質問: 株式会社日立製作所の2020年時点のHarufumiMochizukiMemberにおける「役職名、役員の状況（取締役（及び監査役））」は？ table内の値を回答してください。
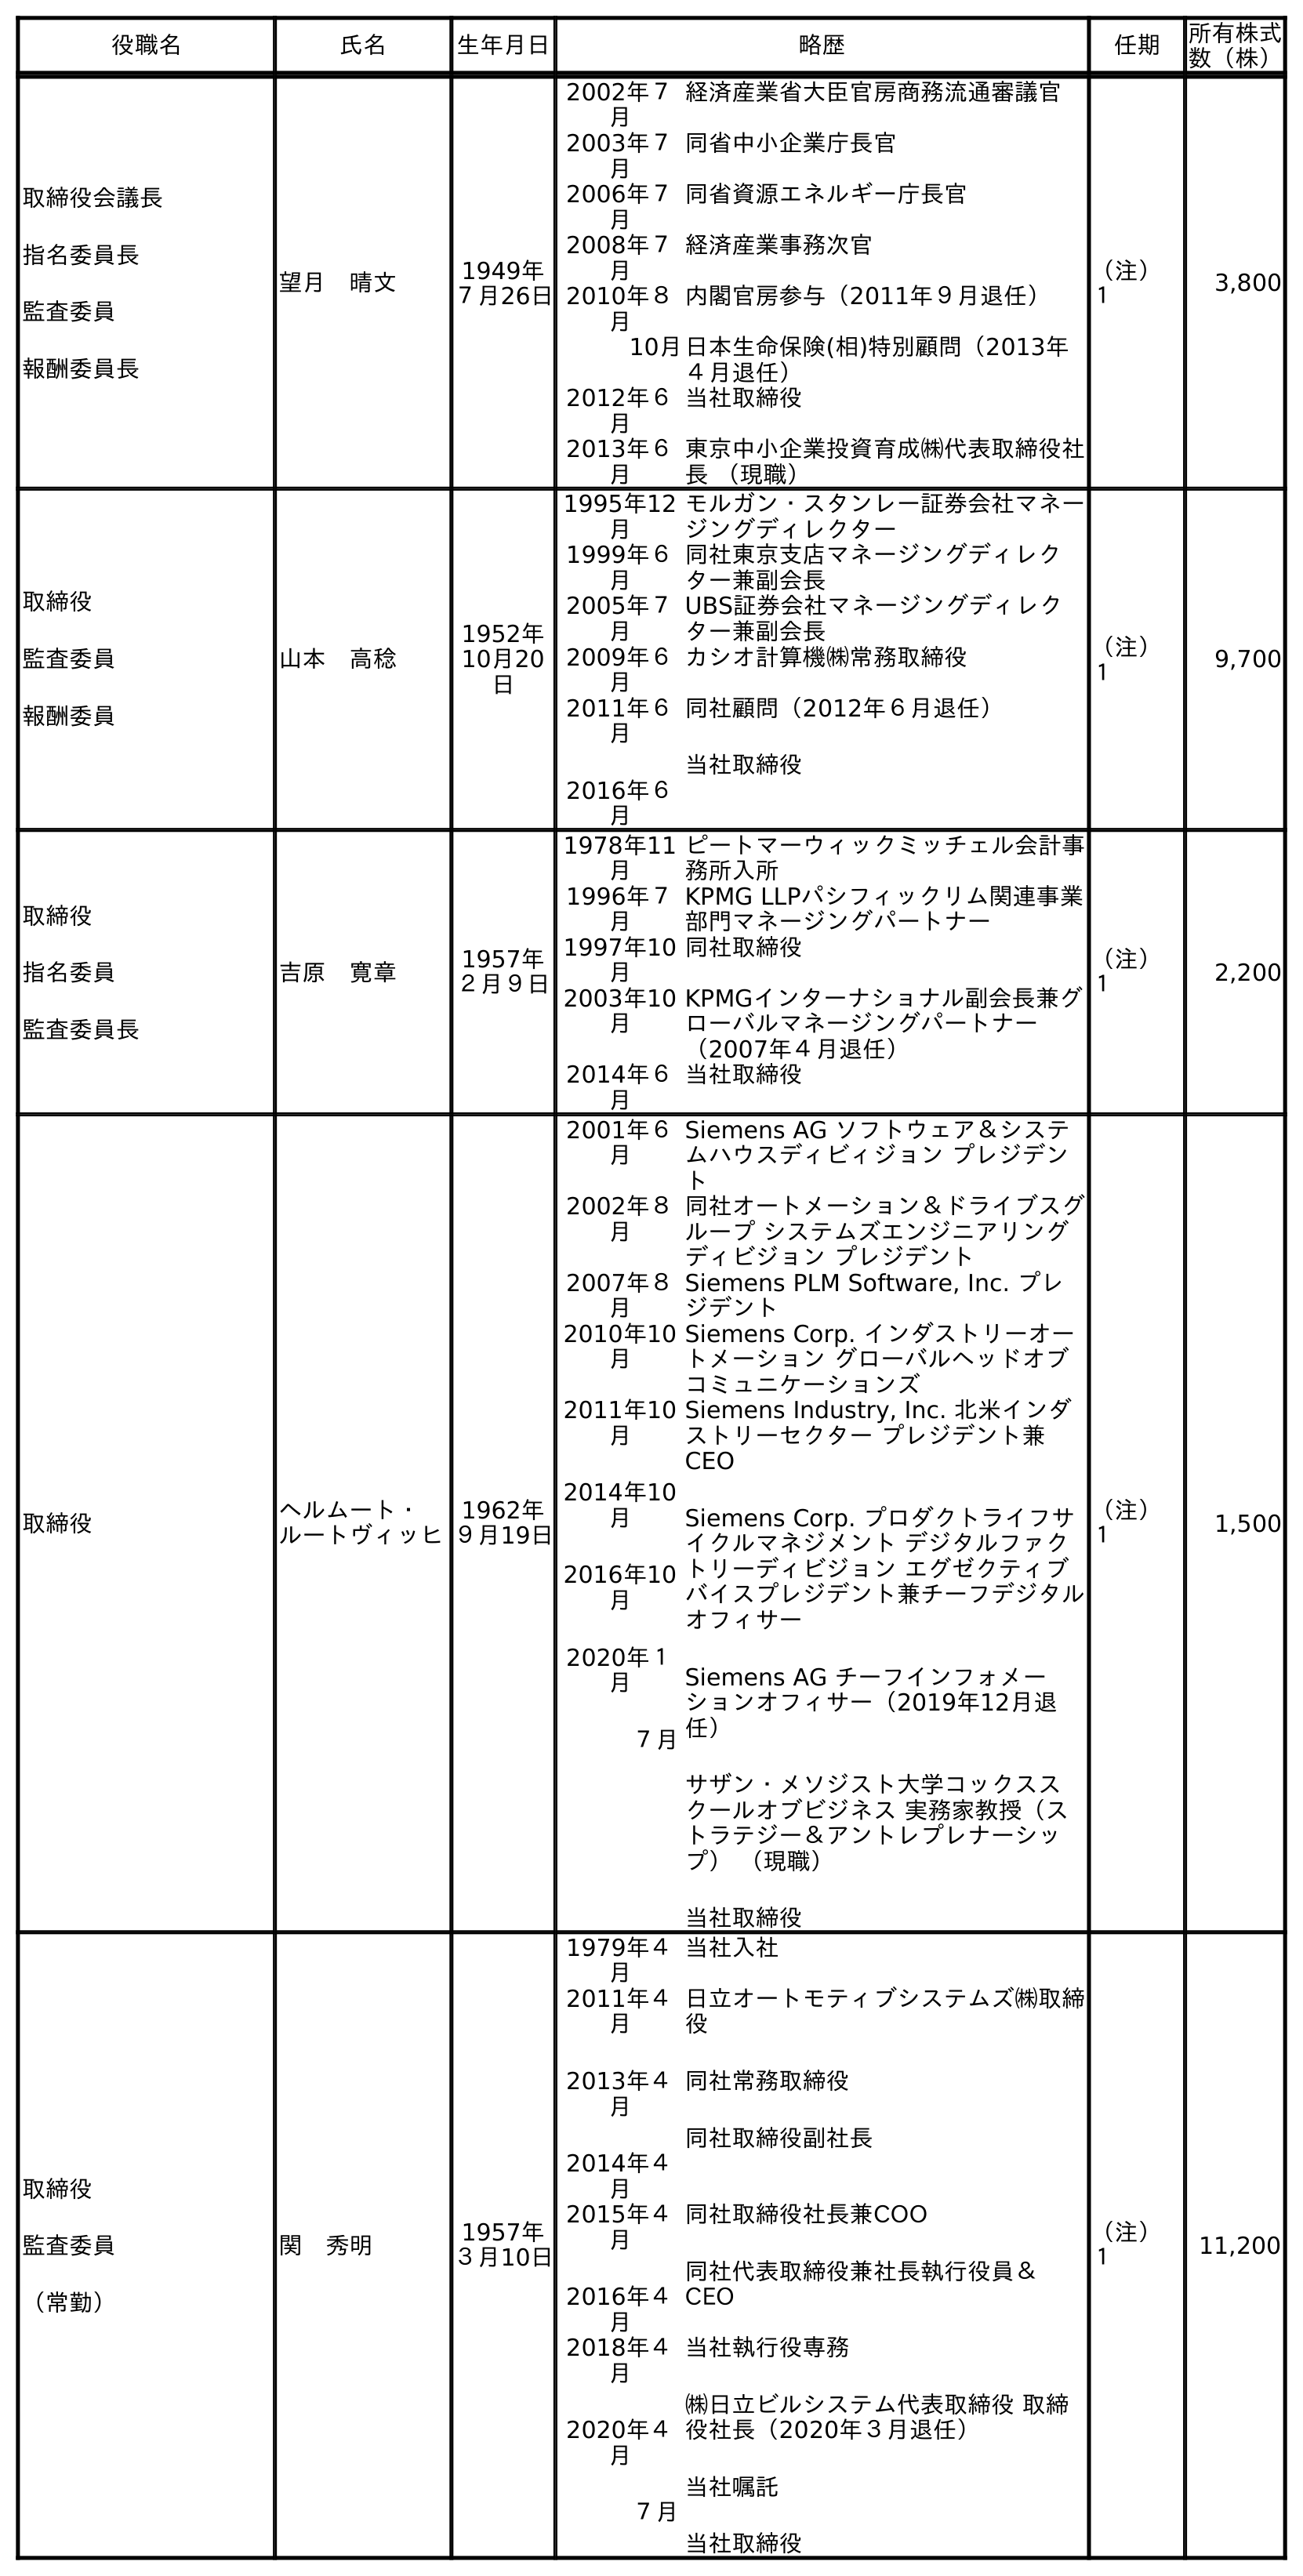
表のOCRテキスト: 役職名 氏名 生年月日 略歴 任期 所有株式 数（株） 取締役会議長 指名委員長 監査委員 報酬委員長 望月 晴文 1949年 ７月26日 2002年７ 月 経済産業省大臣官房商務流通審議官 2003年７ 月 同省中小企業庁長官 2006年７ 月 同省資源エネルギー庁長官 2008年７ 月 経済産業事務次官 2010年８ 月 内閣官房参与（2011年９月退任） 10月日本生命保険(相)特別顧問（2013年 ４月退任） 2012年６ 月 当社取締役 2013年６ 月 東京中小企業投資育成㈱代表取締役社 長 （現職） （注） １ 3,800 取締役 監査委員 報酬委員 山本 高稔 1952年 10月20 日 1995年12 月 モルガン・スタンレー証券会社マネー ジングディレクター 1999年６ 月 同社東京支店マネージングディレク ター兼副会長 2005年７ 月 UBS証券会社マネージングディレク ター兼副会長 2009年６ 月 カシオ計算機㈱常務取締役 2011年６ 月 2016年６ 月 同社顧問（2012年６月退任） 当社取締役 （注） １ 9,700 取締役 指名委員 監査委員長 吉原 寛章 1957年 ２月９日 1978年11 月 ピートマーウィックミッチェル会計事 務所入所 1996年７ 月 KPMG LLPパシフィックリム関連事業 部門マネージングパートナー 1997年10 月 同社取締役 2003年10 月 KPMGインターナショナル副会長兼グ ローバルマネージングパートナー （2007年４月退任） 2014年６ 月 当社取締役 （注） １ 2,200 取締役 ヘルムート・ ルートヴィッヒ 1962年 ９月19日 2001年６ 月 Siemens AG ソフトウェア＆システ ムハウスディビィジョン プレジデン ト 2002年８ 月 同社オートメーション＆ドライブスグ ループ システムズエンジニアリング ディビジョン プレジデント 2007年８ 月 Siemens PLM Software, Inc. プレ ジデント 2010年10 月 Siemens Corp. インダストリーオー トメーション グローバルヘッドオブ コミュニケーションズ 2011年10 月 2014年10 月 2016年10 月 2020年１ 月 ７月 Siemens Industry, Inc. 北米インダ ストリーセクター プレジデント兼 CEO Siemens Corp. プロダクトライフサ イクルマネジメント デジタルファク トリーディビジョン エグゼクティブ バイスプレジデント兼チーフデジタル オフィサー Siemens AG チーフインフォメー ションオフィサー（2019年12月退 任） サザン・メソジスト大学コックスス クールオブビジネス 実務家教授（ス トラテジー＆アントレプレナーシッ プ） （現職） 当社取締役 （注） １ 1,500 取締役 監査委員 （常勤） 関 秀明 1957年 ３月10日 1979年４ 月 当社入社 2011年４ 月 2013年４ 月 2014年４ 月 日立オートモティブシステムズ㈱取締 役 同社常務取締役 同社取締役副社長 2015年４ 月 2016年４ 月 同社取締役社長兼COO 同社代表取締役兼社長執行役員＆ CEO 2018年４ 月 2020年４ 月 ７月 当社執行役専務 ㈱日立ビルシステム代表取締役 取締 役社長（2020年３月退任） 当社嘱託 当社取締役 （注） １ 11,200
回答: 取締役会議長指名委員長監査委員報酬委員長